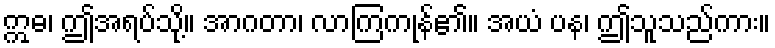
ဣဓ၊ ဤအရပ်သို့။ အာဂတာ၊ လာကြကုန်၏။ အယံ ပန၊ ဤသူသည်ကား။